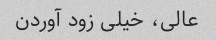
عالی، خیلی زود آوردن